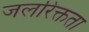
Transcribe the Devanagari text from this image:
जलरिक्तता